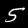
Label: 5